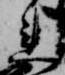
連